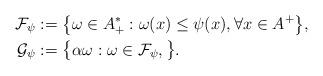
LaTeX: \begin{align*}{\mathcal F}_\psi&:=\bigl\{\omega\in A^*_+:\omega(x)\le\psi(x),\forall x\in A^+\bigr\}, \\{\mathcal G}_\psi&:=\bigl\{\alpha\omega:\omega\in{\mathcal F}_\psi,{}\bigr\}.\end{align*}